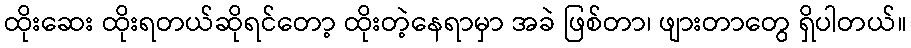
ထိုးဆေး ထိုးရတယ်ဆိုရင်တော့ ထိုးတဲ့နေရာမှာ အခဲ ဖြစ်တာ၊ ဖျားတာတွေ ရှိပါတယ်။